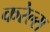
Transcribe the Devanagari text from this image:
करेल्स